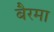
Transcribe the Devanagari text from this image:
बैरमा